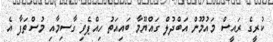
ކުރީގެ ރައީސް މައުމޫން އަބްދުލް ގައްޔޫމާ ބައިއަތު ހިއްޕެވި ގާސިމާއި މުސްތަފާ އެ